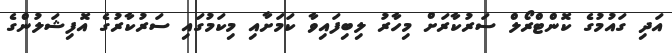
އަދި ގައުމުގެ ކޮންޓްރޯލް ސަރުކާރަށް މިހާރު ލިބިފައިވާ ކަމަށާއި މިކަމުގައި ސަރުކާރުގެ އޮފިޝަލުންގެ